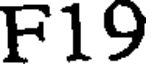
F19